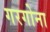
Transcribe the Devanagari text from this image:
गरगोना